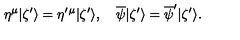
\eta ^ { \mu } | \zeta ^ { \prime } \rangle = \eta ^ { \prime } { } ^ { \mu } | \zeta ^ { \prime } \rangle , \quad \overline { { \psi } } | \zeta ^ { \prime } \rangle = \overline { { \psi } } ^ { \prime } | \zeta ^ { \prime } \rangle .